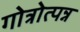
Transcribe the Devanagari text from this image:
गोत्रोत्पन्न